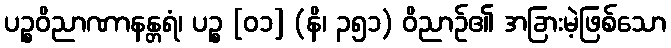
ပဉ္စဝိညာဏာနန္တရံ၊ ပဉ္စ [၀၁] (နိ၊ ၃၅၁) ဝိညာဉ်၏ အခြားမဲ့ဖြစ်သော